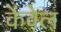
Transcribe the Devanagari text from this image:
केंवेल